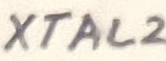
Text: XTAL2